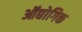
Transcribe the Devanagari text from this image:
ऑद्योगिक